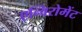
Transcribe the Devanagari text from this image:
एन्विरोमेंट